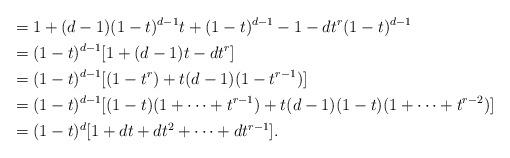
LaTeX: \begin{align*}&= 1 + (d-1)(1-t)^{d-1}t + (1-t)^{d-1} - 1 - dt^{r}(1-t)^{d-1}\\&= (1-t)^{d-1}[1 + (d-1)t - dt^r]\\&= (1-t)^{d-1}[(1-t^r) + t(d-1)(1-t^{r-1})]\\&= (1-t)^{d-1}[(1-t)(1+\cdots+t^{r-1}) + t(d-1)(1-t)(1+\cdots+t^{r-2})]\\&= (1-t)^d[1 + dt + dt^2 + \cdots + dt^{r-1}].\end{align*}